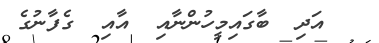
އަދި  ބާގައިމީހުންނާއި  އާއި  ގެފާނުގެ